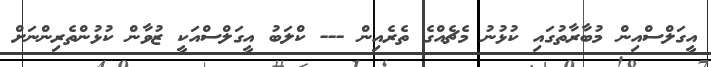
އީގަލްސްއިން މުބާރާތުގައި ކުޅުނު މެޗެއްގެ ތެރެއިން --- ކްލަބު އީގަލްސްއަކީ ޒުވާން ކުޅުންތެރިންނަށް